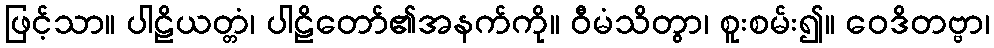
ဖြင့်သာ။ ပါဠိယတ္တံ၊ ပါဠိတော်၏အနက်ကို။ ဝီမံသိတွာ၊ စူးစမ်း၍။ ဝေဒိတဗ္ဗာ၊